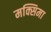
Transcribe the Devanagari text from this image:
मक्सिमा